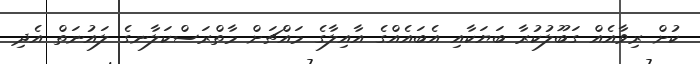
ކުށް ރިވާއެއް ގަބޫލުކުރާ ބަޔަކާއި އެބައެއްގެ އާއިލާގެ މައްޗަށް މާތްރަސްކަލާނގެ ލައުނަތް އެދި